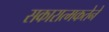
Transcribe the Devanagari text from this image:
सकारात्मकतेने